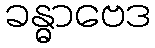
ခန္ဓာဗေဒ